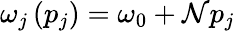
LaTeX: \omega_{j}\left(p_{j}\right)=\omega_{0}+\mathcal{N}p_{j}